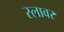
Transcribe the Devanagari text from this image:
स्लावर